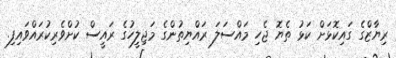
ރިޔާޒްގެ ގައިކޮޅަށް ކަޅު ތެޔޮ ޖެހި މައްސަލަ ރައްޔިތުންގެ މަޖިލީހުގެ ރައީސް ކުށްވެރިކުރައްވައިފި.